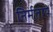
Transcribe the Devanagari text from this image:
निर्मतायें